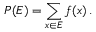
P ( E ) = \sum _ { x \in E } f ( x ) \, .